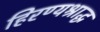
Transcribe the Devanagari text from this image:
हिरण्यश्राद्ध